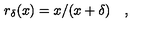
r _ { \delta } ( x ) = x / ( x + \delta ) \quad ,